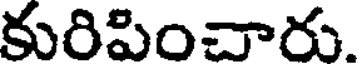
కురిపించారు.